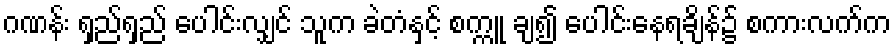
ဂဏန်း ရှည်ရှည် ပေါင်းလျှင် သူက ခဲတံနှင့် စက္ကူ ချ၍ ပေါင်းနေရချိန်၌ စကားလက်က